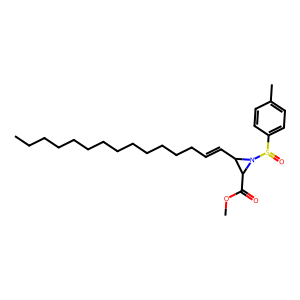
SMILES: CCCCCCCCCCCCCC=CC1C(C(=O)OC)N1S(=O)c1ccc(C)cc1
Inhibits HIV replication: No